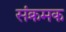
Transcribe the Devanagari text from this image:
संक्रमक